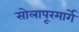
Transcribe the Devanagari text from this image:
सोलापूरमार्गे